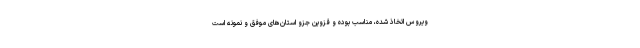
ویروس اتخاذ شده، مناسب بوده و قزوین جزو استان‌های موفق و نمونه است